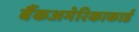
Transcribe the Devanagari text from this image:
बैंकअमेरिकाकार्ड